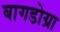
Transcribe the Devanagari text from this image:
बागडोग्रा